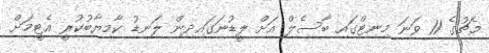
މެޗުގެ 11 ވަނަ މިނިޓްގައި ބާސެލް އަށް ލީޑުނަގައިދިން ލަނޑު ކާމިޔާބުކުރީ އެޓީމަށް